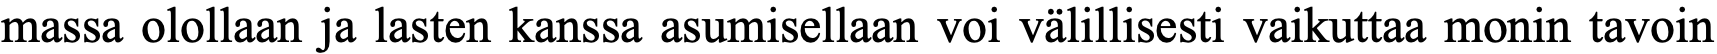
massa olollaan ja lasten kanssa asumisellaan voi välillisesti vaikuttaa monin tavoin